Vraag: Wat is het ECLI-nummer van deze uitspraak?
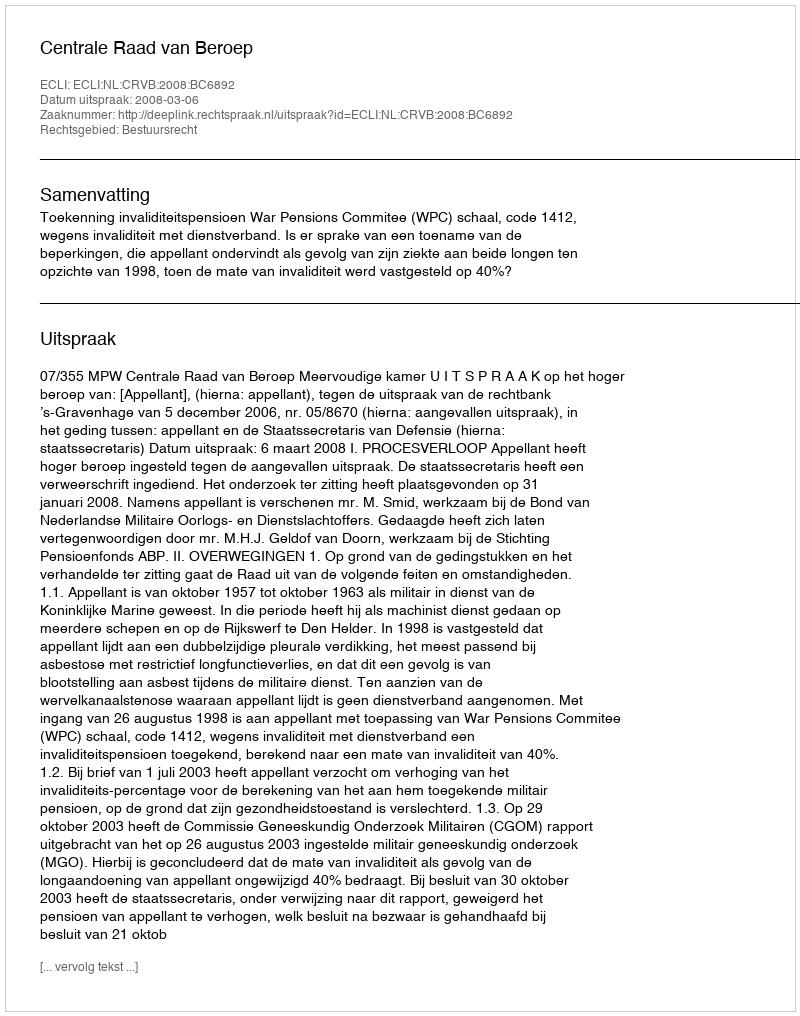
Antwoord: ECLI:NL:CRVB:2008:BC6892